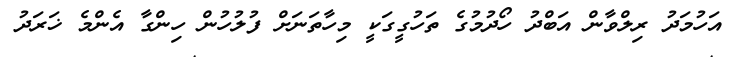
އަހުމަދު ރިލްވާން އަބްދު ހޯދުމުގެ ތަހުގީގަކީ މިހާތަނަށް ފުލުހުން ހިންގާ އެންމެ ޚަރަދު